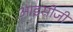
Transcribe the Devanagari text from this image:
आइसीजी